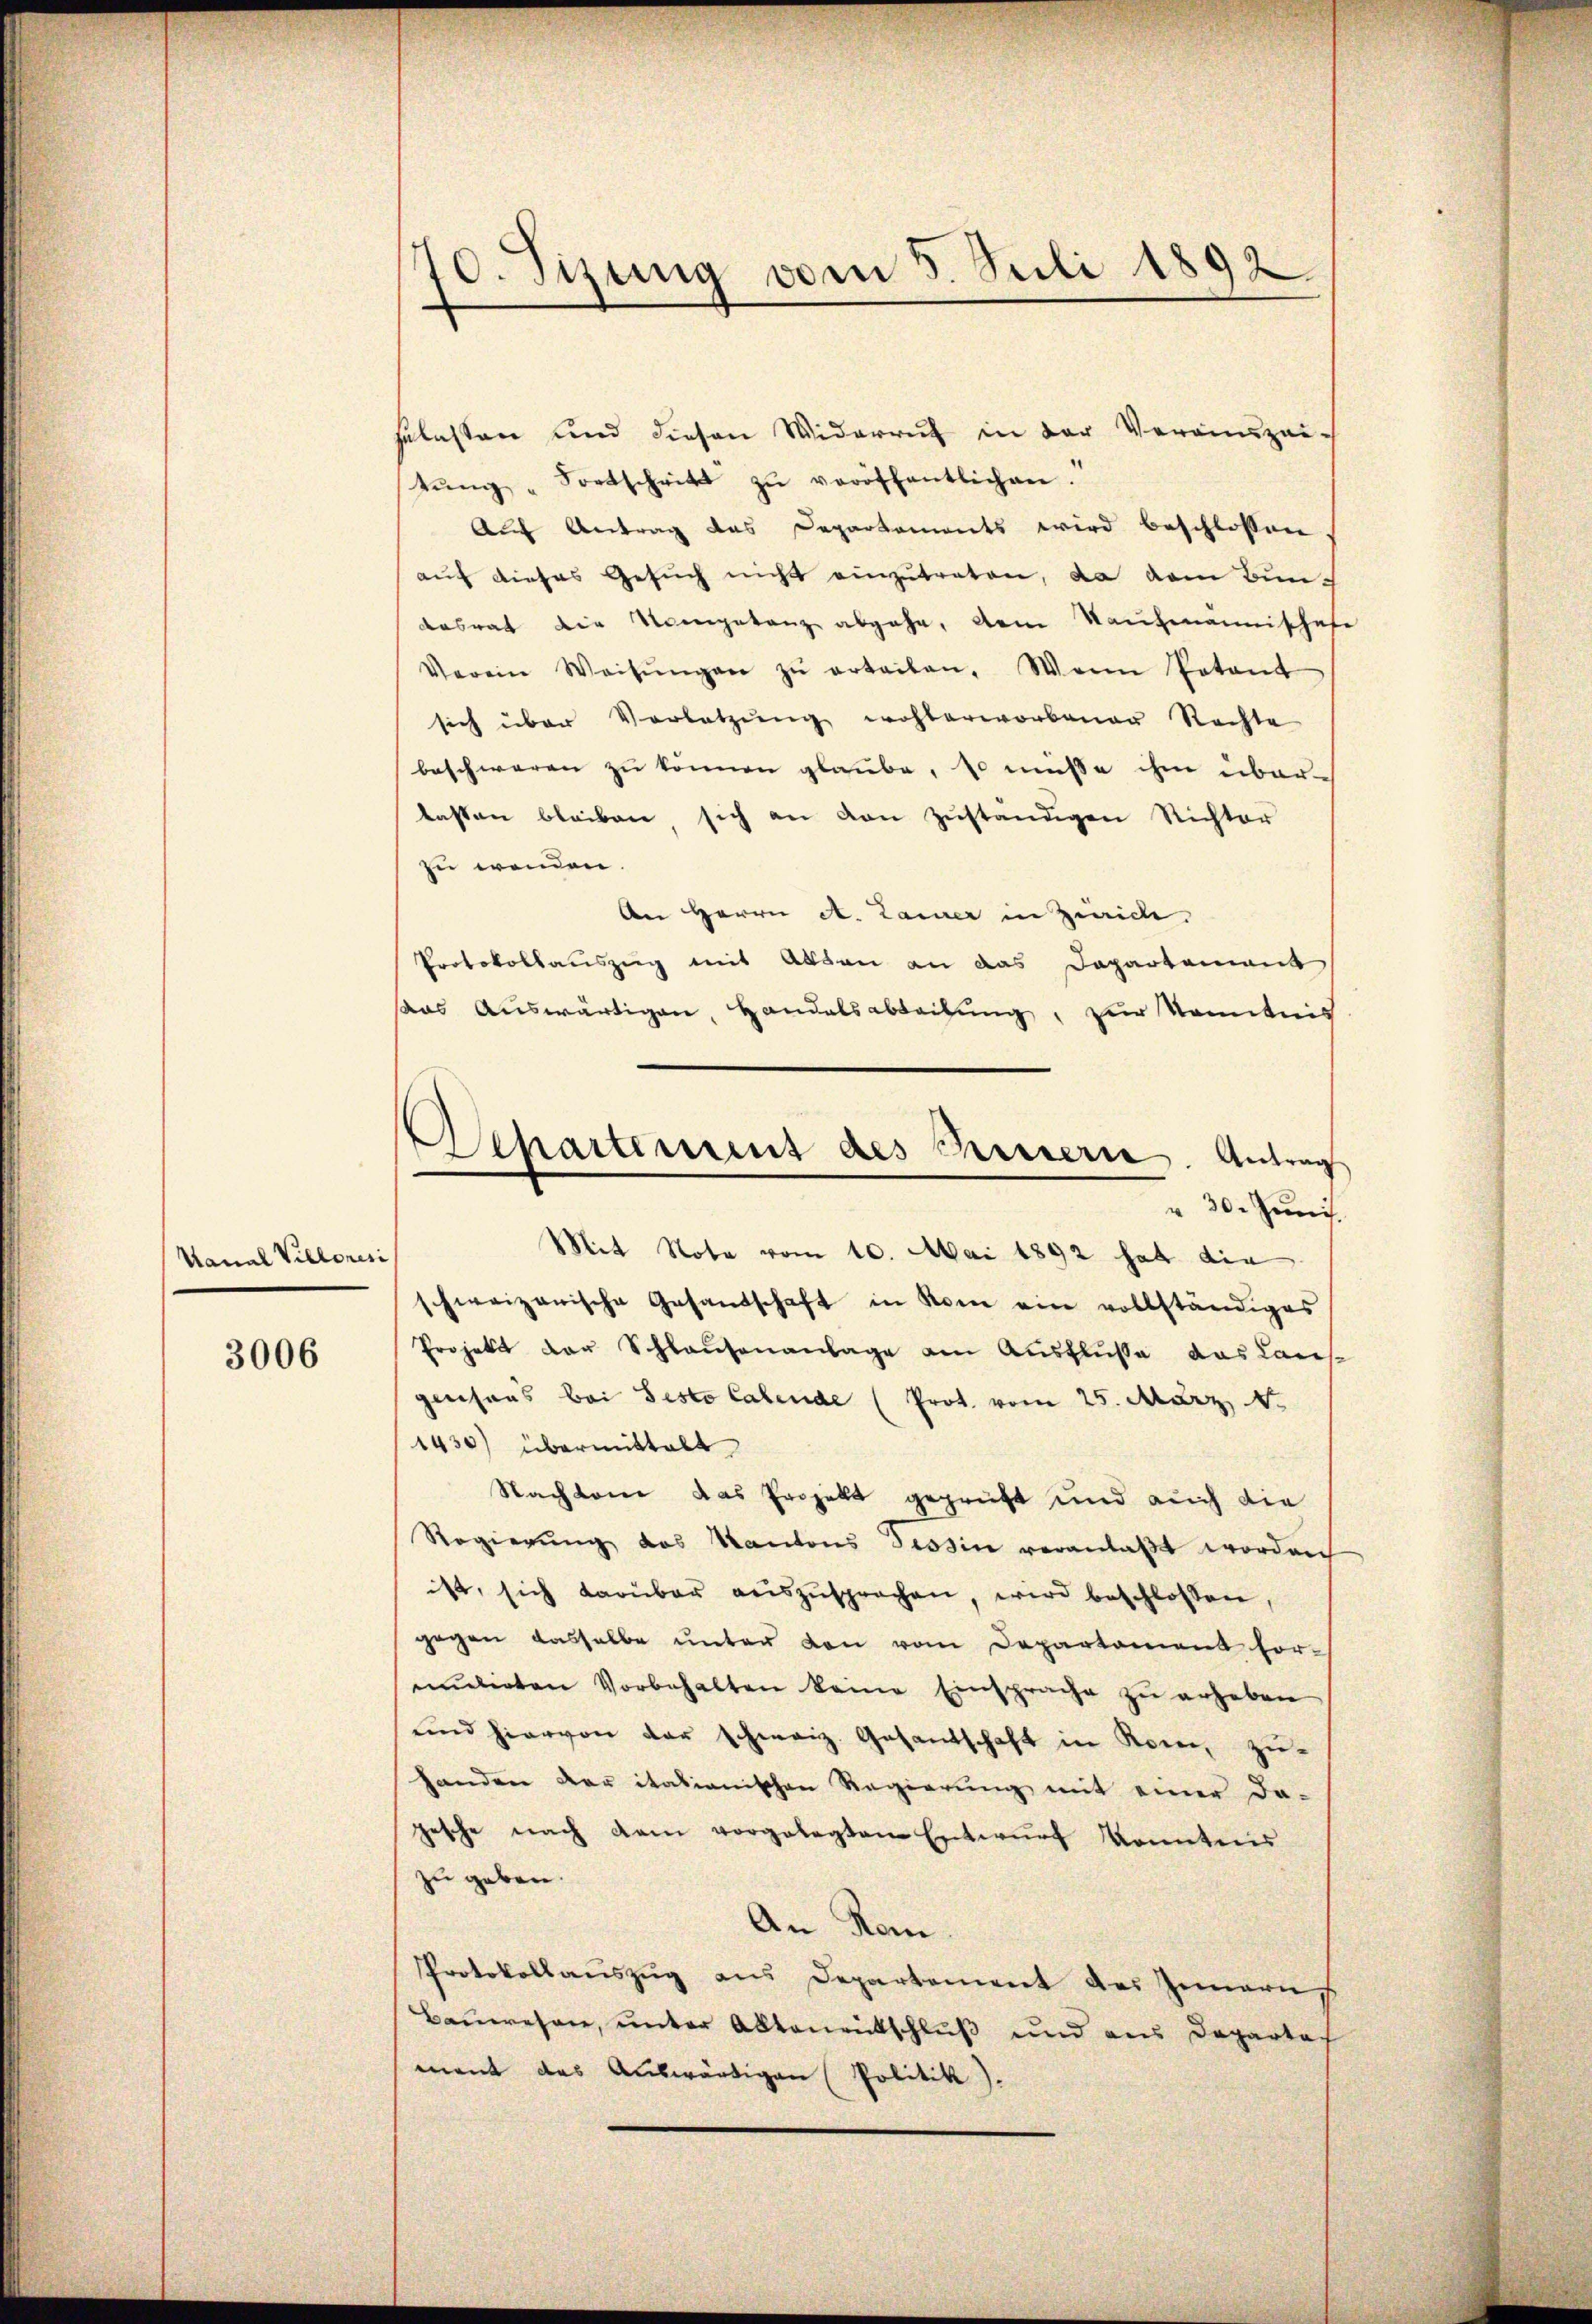
Kanal Villonesi

3006

70. Sizung vom 5. Juli 1892

selasten und diesen Widerruf in der Veranzaitŭng " Fortschritt zŭ veröffentlichen.
Auf Antrag das Departements wird beschlossen
auf dieses Gesuch nicht einzutreten, da dem Bunch
desrat die Kompetenz abgehe, dem Kaufmannischehe
Verein Weisŭngen zŭ erteilen. Wenn Potent
sich über Vorletzŭng wohlerworbener Rechte
beschweren zu können glaube, so müsse ihm über
tasten bleiben, sich an den zŭständigen Richter
zu wenden.
An Herrn A. Laier in Zürich.
Protokollauszug mit Atten an das Dapartement
das Auswärtigen, Handelsabteilung, zur Kenntnis
Mit Note vom 10. Mai 1892 hat die
schweizerische Gesandschaft in Rom ein vollständiges
Projekt der Schlausenanlage am Ausfluße das Lausgenhaus bei Festo Calende (Prot. vom 25. März,
1430) übermittelt
Nachkone das Projekt geprüft und auch die
Regierŭng des Kantons Tessin veranlaβt worden
ist, sich darüber aŭszŭsprochen, wird beschlossen,
gegen dasselbe unter von vom Departement for-
mŭlirten Vorbehalten keine Einsprache zŭ erheben
und hiervon der schweiz. Gesantschaft in Rom, zu-
handen der italianischen Regierung mit einer da-
gesche nach dem vorgelegten Entwŭrf konntens
zu geben.
An Rom.
Protokollauszug aus Departement des Innern
Bauwesen, unter Aktenentschluß und aus Departach
ment das Auswärtigen Politik).

Departement des Sinnern. Antrag
" 30. Juni.